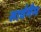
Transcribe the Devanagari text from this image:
सार्वभैम